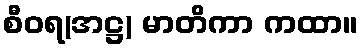
စီဝရ(အဋ္ဌ) မာတိကာ ကထာ။